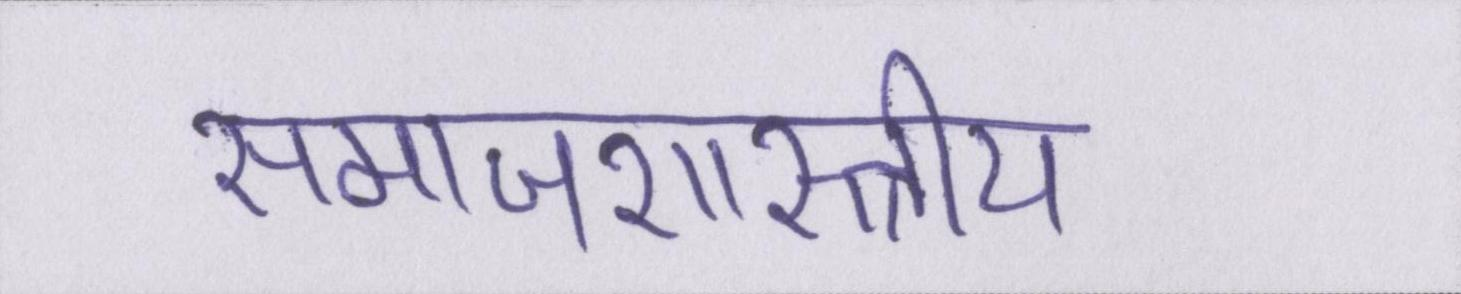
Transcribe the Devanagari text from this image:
समाजशास्त्राीय